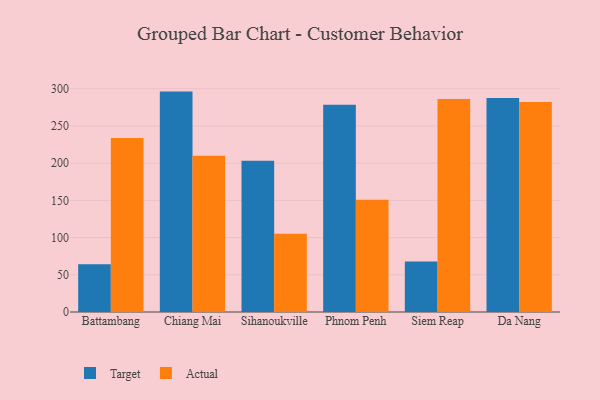
{"axis": {"x": "City", "y": "Gross Profit (USD K)"}, "legend": ["Actual", "Target"], "data": [{"x": "Battambang", "y": 64.2, "type": "Target"}, {"x": "Battambang", "y": 233.8, "type": "Actual"}, {"x": "Chiang Mai", "y": 296.2, "type": "Target"}, {"x": "Chiang Mai", "y": 210.0, "type": "Actual"}, {"x": "Sihanoukville", "y": 203.2, "type": "Target"}, {"x": "Sihanoukville", "y": 105.2, "type": "Actual"}, {"x": "Phnom Penh", "y": 278.6, "type": "Target"}, {"x": "Phnom Penh", "y": 150.7, "type": "Actual"}, {"x": "Siem Reap", "y": 67.8, "type": "Target"}, {"x": "Siem Reap", "y": 286.1, "type": "Actual"}, {"x": "Da Nang", "y": 287.5, "type": "Target"}, {"x": "Da Nang", "y": 282.3, "type": "Actual"}]}